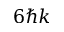
6 \hbar k